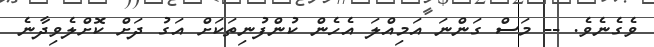
ވެގެނެވެ. -- މަސް ގަންނަ އަމިއްލަ އެހެން ކުންފުނިތަކަށް އަގު ދަށް ކޮށްލެވިދާނެ